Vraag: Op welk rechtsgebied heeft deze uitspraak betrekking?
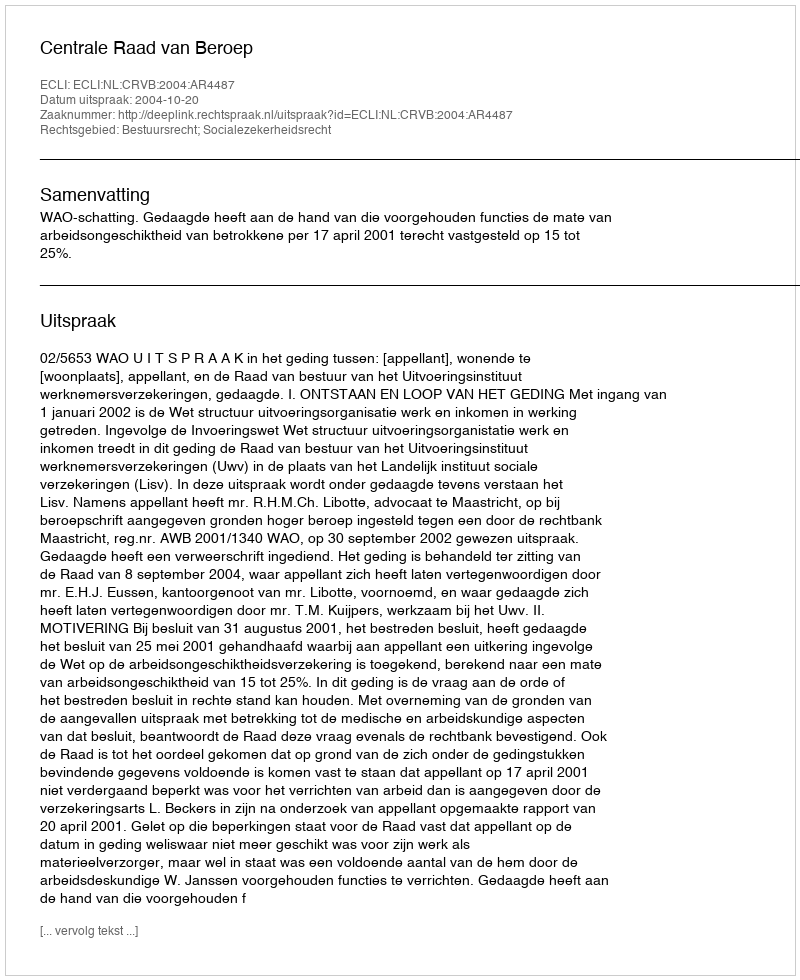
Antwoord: Bestuursrecht; Socialezekerheidsrecht